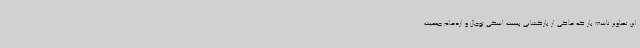
این تصاویر تاسف بار که حاکی از بازگشایی پیست اسکی توچال و ازدحام جمعیت